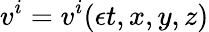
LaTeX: v^{i}=v^{i}({\epsilon}t,x,y,z)